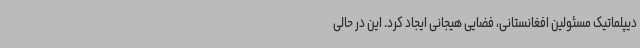
دیپلماتیک مسئولین افغانستانی، فضایی هیجانی ایجاد کرد. این در حالی